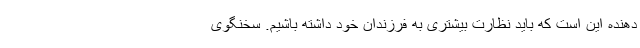
دهنده این است که باید نظارت بیشتری به فرزندان خود داشته باشیم. سخنگوی